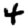
Digit: 4